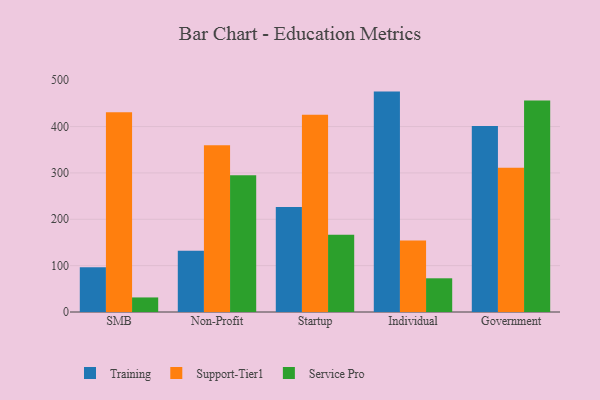
{"axis": {"x": "Segment", "y": "Temperature (°C)"}, "legend": ["Service Pro", "Support-Tier1", "Training"], "data": [{"x": "SMB", "y": 96.5, "type": "Training"}, {"x": "SMB", "y": 431.0, "type": "Support-Tier1"}, {"x": "SMB", "y": 31.4, "type": "Service Pro"}, {"x": "Non-Profit", "y": 132.2, "type": "Training"}, {"x": "Non-Profit", "y": 359.5, "type": "Support-Tier1"}, {"x": "Non-Profit", "y": 294.7, "type": "Service Pro"}, {"x": "Startup", "y": 226.5, "type": "Training"}, {"x": "Startup", "y": 425.4, "type": "Support-Tier1"}, {"x": "Startup", "y": 166.5, "type": "Service Pro"}, {"x": "Individual", "y": 475.4, "type": "Training"}, {"x": "Individual", "y": 154.0, "type": "Support-Tier1"}, {"x": "Individual", "y": 72.7, "type": "Service Pro"}, {"x": "Government", "y": 401.4, "type": "Training"}, {"x": "Government", "y": 311.1, "type": "Support-Tier1"}, {"x": "Government", "y": 456.2, "type": "Service Pro"}]}